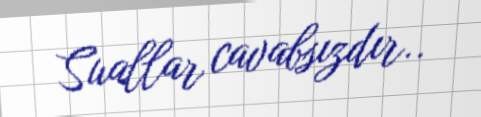
Suallar cavabsızdır..